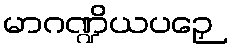
မာဂဏ္ဍိယပဉှေ